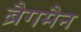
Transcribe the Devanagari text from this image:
ब्रैगमैन